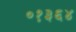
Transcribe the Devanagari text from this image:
०१३६४